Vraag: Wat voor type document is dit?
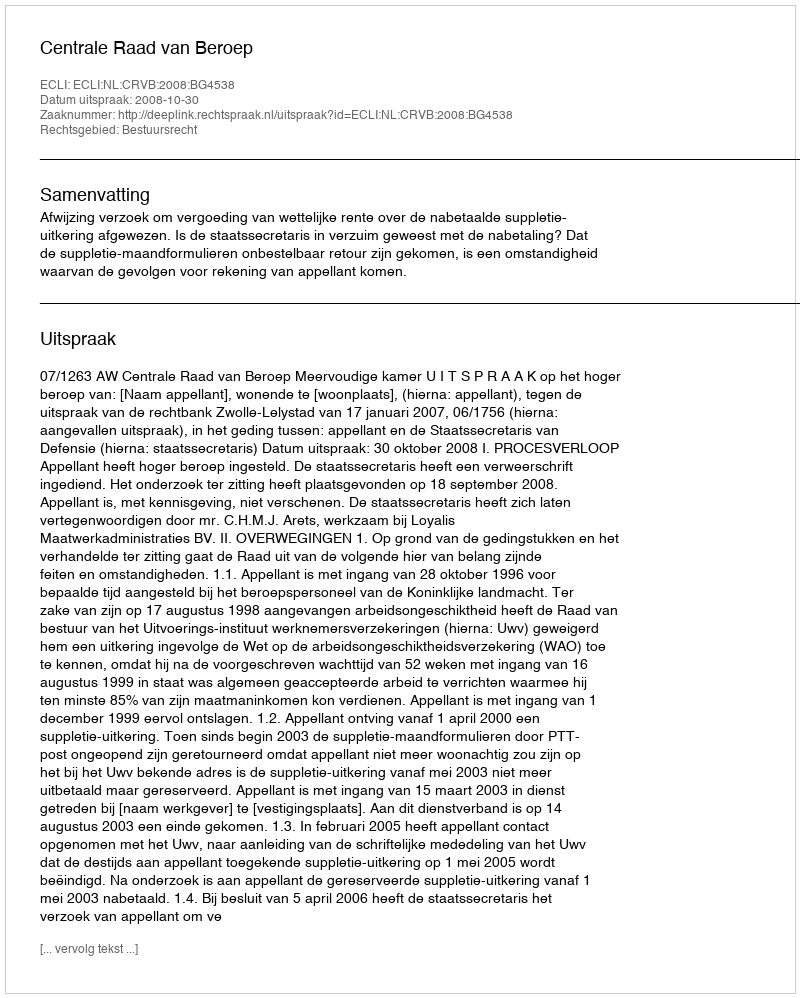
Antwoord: Uitspraak